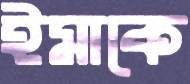
ইমাকে